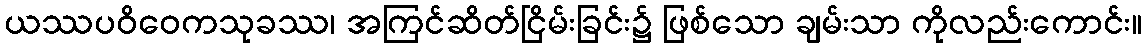
ယဿပဝိဝေကသုခဿ၊ အကြင်ဆိတ်ငြိမ်းခြင်း၌ ဖြစ်သော ချမ်းသာ ကိုလည်းကောင်း။